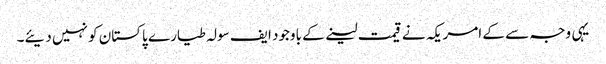
یہی وجہ سے کے امریکہ نے قیمت لینے کے باوجود ایف سولہ طیارے پاکستان کو نہیں دیئے۔